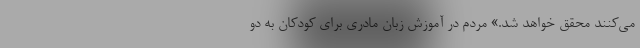
می‌کنند محقق خواهد شد.» مردم در آموزش زبان مادری برای کودکان به دو